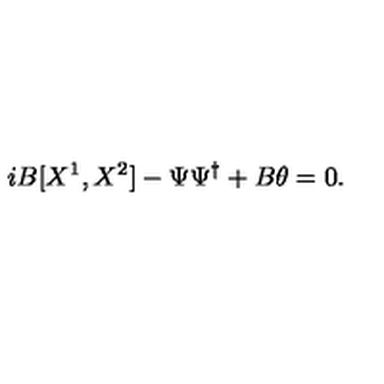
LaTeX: i B [ X ^ { 1 } , X ^ { 2 } ] - \Psi \Psi ^ { \dagger } + B \theta = 0 .